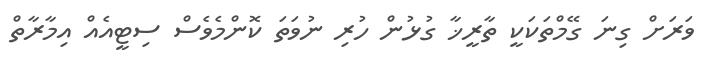
ވަރަށް ގިނަ ގޭމްތަކަކީ ތާރީޚާ ގުޅުން ހުރި ނުވަތަ ކޮންމެވެސް ސިޓީއެއް އިމާރާތް